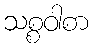
သစ္စဝါစာ